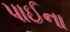
પાઈના